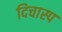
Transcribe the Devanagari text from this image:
दिचास्प